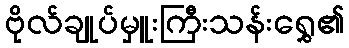
ဗိုလ်ချုပ်မှူးကြီးသန်းရွှေ၏